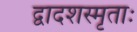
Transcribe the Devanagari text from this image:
द्वादशस्मृताः